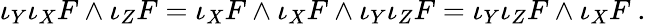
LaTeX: \iota_{Y}\iota_{X}F\wedge\iota_{Z}F=\iota_{X}F\wedge\iota_{X}F\wedge\iota_{Y}\iota_{Z}F=\iota_{Y}\iota_{Z}F\wedge\iota_{X}F~.